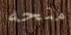
منحه